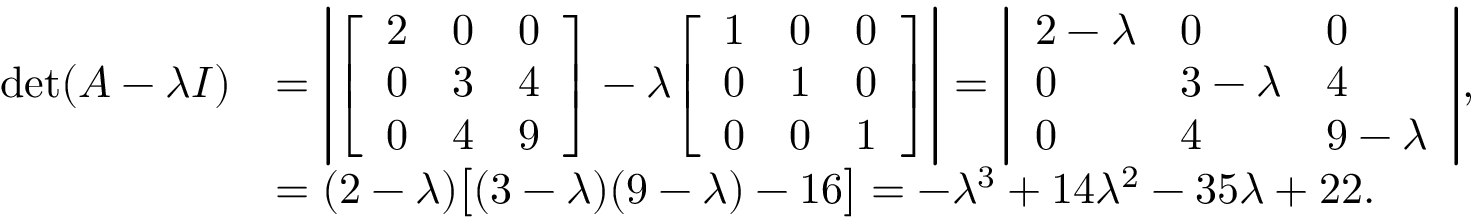
{ \begin{array} { r l } { \operatorname* { d e t } ( A - \lambda I ) } & { = \left| { \left[ \begin{array} { l l l } { 2 } & { 0 } & { 0 } \\ { 0 } & { 3 } & { 4 } \\ { 0 } & { 4 } & { 9 } \end{array} \right] } - \lambda { \left[ \begin{array} { l l l } { 1 } & { 0 } & { 0 } \\ { 0 } & { 1 } & { 0 } \\ { 0 } & { 0 } & { 1 } \end{array} \right] } \right| = { \left| \begin{array} { l l l } { 2 - \lambda } & { 0 } & { 0 } \\ { 0 } & { 3 - \lambda } & { 4 } \\ { 0 } & { 4 } & { 9 - \lambda } \end{array} \right| } , } \\ & { = ( 2 - \lambda ) { \bigl [ } ( 3 - \lambda ) ( 9 - \lambda ) - 1 6 { \bigr ] } = - \lambda ^ { 3 } + 1 4 \lambda ^ { 2 } - 3 5 \lambda + 2 2 . } \end{array} }